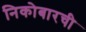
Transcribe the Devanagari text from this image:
निकोबारची